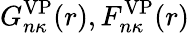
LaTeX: G_{n\kappa}^{\mathrm{VP}}(r),F_{n\kappa}^{\mathrm{VP}}(r)